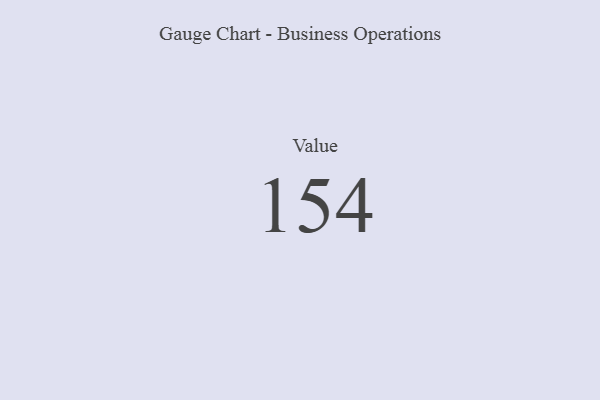
{"axis": {"x": "Metric", "y": "Value"}, "legend": [""], "data": [{"x": "Value", "y": 154, "type": ""}]}